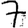
Digit: 7